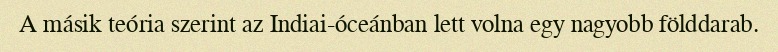
A másik teória szerint az Indiai-óceánban lett volna egy nagyobb földdarab.